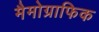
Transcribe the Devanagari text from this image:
मैमोग्राफिक